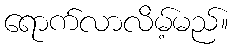
ရောက်လာလိမ့်မည်။